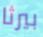
بيرثا